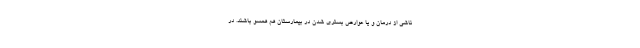
ناشی از درمان و یا عوارض بستری شدن در بیمارستان هم همسو باشند. در